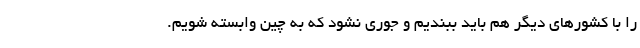
را با کشورهای دیگر هم باید ببندیم و جوری نشود که به چین وابسته شویم.